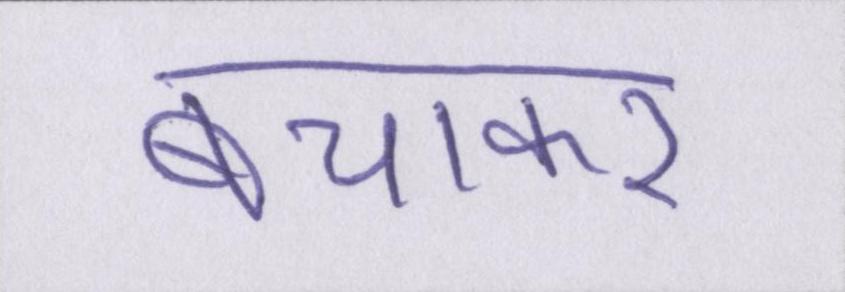
बचाकर